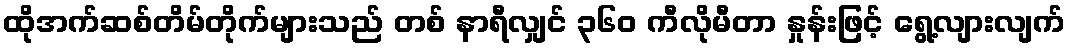
ထိုအက်ဆစ်တိမ်တိုက်များသည် တစ် နာရီလျှင် ၃၆၀ ကီလိုမီတာ နှုန်းဖြင့် ရွေ့လျားလျက်